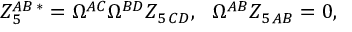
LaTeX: Z _ { 5 } ^ { A B \, * } = \Omega ^ { A C } \Omega ^ { B D } Z _ { 5 \, C D } , \ \ \Omega ^ { A B } Z _ { 5 \, A B } = 0 ,